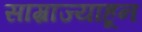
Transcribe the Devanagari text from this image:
साम्राज्याहून